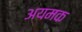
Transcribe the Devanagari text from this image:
अयमक